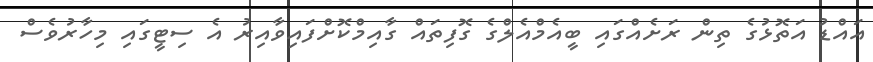
އައްޑު އަތޮޅުގެ ތިން ރަށެއްގައި ބީއެމްއެލްގެ ގޮފިތައް ގާއިމްކޮށްފައިވާއިރު އެ ސިޓީގައި މިހާރުވެސް